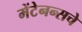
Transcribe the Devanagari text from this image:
मेंटेनन्सचे